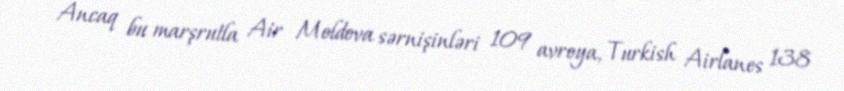
Ancaq bu marşrutla Air Moldova sərnişinləri 109 avroya, Turkish Airlanes 138